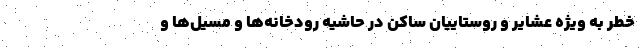
خطر به ویژه عشایر و روستاییان ساکن در حاشیه رودخانه‌ها و مسیل‌ها و